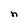
Character: n